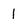
Character: 1